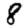
Digit: 8